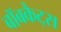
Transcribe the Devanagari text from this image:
बॉबकैट्स